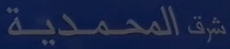
شرقالمحمدية